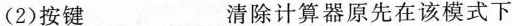
(2)按键___清除计算器原先在该模式下